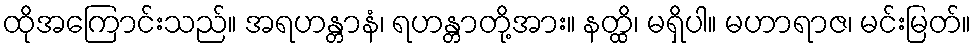
ထိုအကြောင်းသည်။ အရဟန္တာနံ၊ ရဟန္တာတို့အား။ နတ္ထိ၊ မရှိပါ။ မဟာရာဇ၊ မင်းမြတ်။